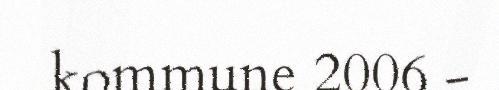
kommune 2006 -